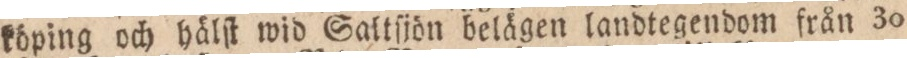
köping och hälſt wid Saltſjön belägen landtegendom från 30